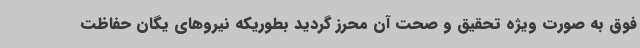
فوق به صورت ویژه تحقیق و صحت آن محرز گردید بطوریکه نیروهای یگان حفاظت